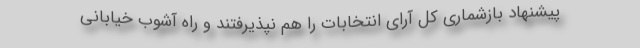
پیشنهاد بازشماری کل آرای انتخابات را هم نپذیرفتند و راه آشوب خیابانی